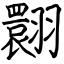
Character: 翾